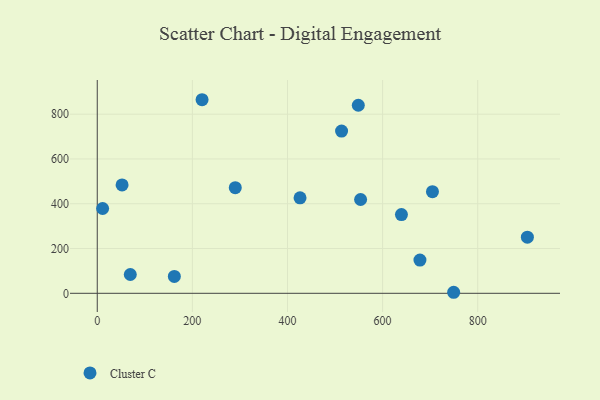
{"axis": {"x": "Study Hours", "y": "Yield"}, "legend": ["Cluster C"], "data": [{"x": "426.4", "y": 426.3, "type": "Cluster C"}, {"x": "220.4", "y": 864.7, "type": "Cluster C"}, {"x": "749.4", "y": 4.6, "type": "Cluster C"}, {"x": "548.9", "y": 840.0, "type": "Cluster C"}, {"x": "904.4", "y": 250.9, "type": "Cluster C"}, {"x": "69.5", "y": 84.1, "type": "Cluster C"}, {"x": "678.5", "y": 148.3, "type": "Cluster C"}, {"x": "162.1", "y": 75.5, "type": "Cluster C"}, {"x": "11.3", "y": 378.8, "type": "Cluster C"}, {"x": "553.7", "y": 419.1, "type": "Cluster C"}, {"x": "290.2", "y": 471.9, "type": "Cluster C"}, {"x": "639.6", "y": 351.5, "type": "Cluster C"}, {"x": "513.7", "y": 724.6, "type": "Cluster C"}, {"x": "52.2", "y": 484.0, "type": "Cluster C"}, {"x": "704.8", "y": 454.0, "type": "Cluster C"}]}